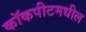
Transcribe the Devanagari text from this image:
कॉकपीटमधील